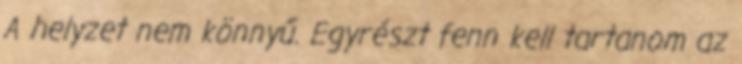
A helyzet nem könnyű. Egyrészt fenn kell tartanom az